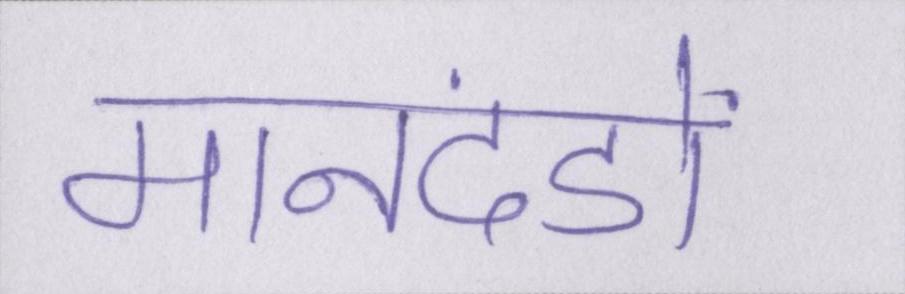
मानदंडों